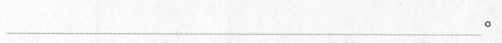
\underline。